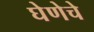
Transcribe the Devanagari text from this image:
घेणेचे